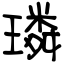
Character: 璘